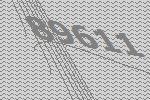
89611